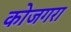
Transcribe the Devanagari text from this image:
कोजगरा